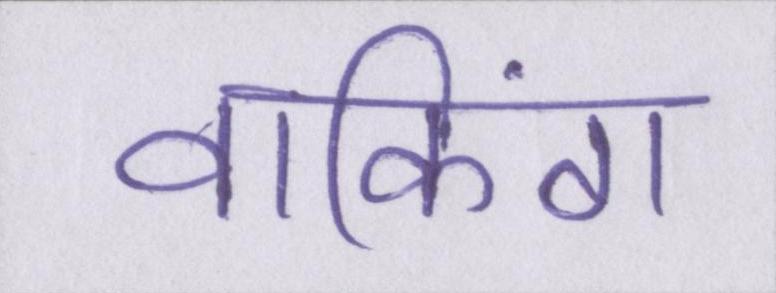
वाकिंग